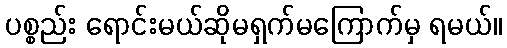
ပစ္စည်း ရောင်းမယ်ဆိုမရှက်မကြောက်မှ ရမယ်။